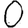
Digit: 0